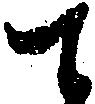
て